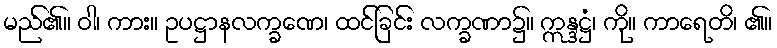
မည်၏။ ဝါ၊ ကား။ ဥပဋ္ဌာနလက္ခဏေ၊ ထင်ခြင်း လက္ခဏာ၌။ ဣန္ဒဋ္ဌံ၊ ကို။ ကာရေတိ၊ ၏။